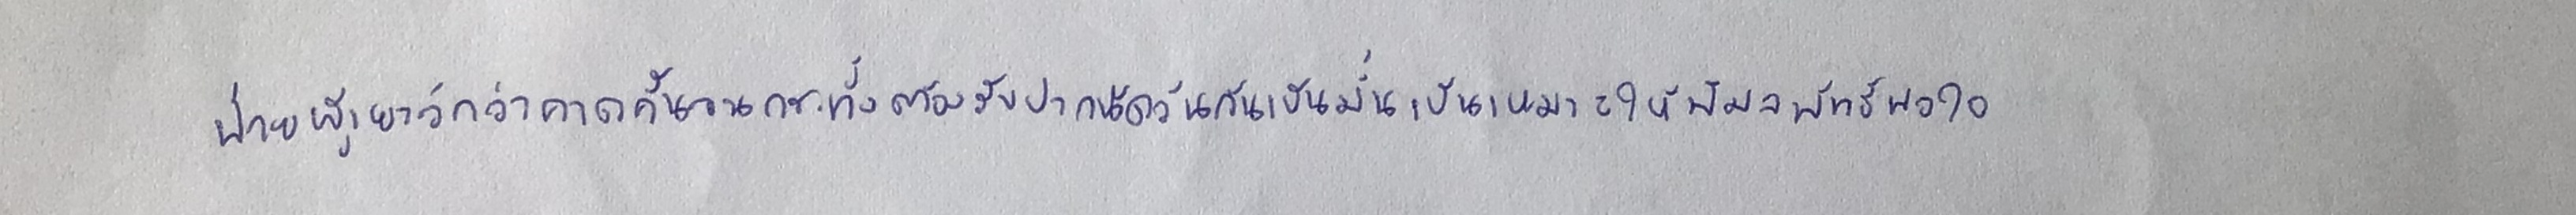
ฝ่ายผู้เยาว์กว่าคาดคั้นจนกระทั่งต้องรับปากนัดวันกันเป็นมั่นเป็นเหมาะให้พิมลพัทธ์พอใจ